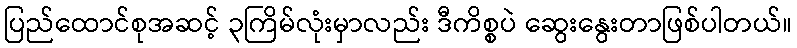
ပြည်ထောင်စုအဆင့် ၃ကြိမ်လုံးမှာလည်း ဒီကိစ္စပဲ ဆွေးနွေးတာဖြစ်ပါတယ်။